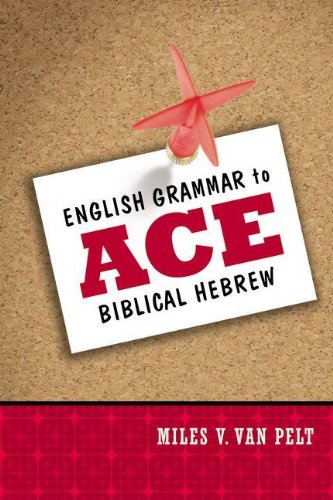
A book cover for English Grammar to Ace Biblical Hebrew; Miles V. Van Pelt; Christian Books & Bibles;